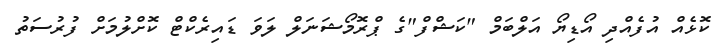
ކޮޅެއް އުފެއްދި އޯޑިޔޯ އަލްބަމް "ކަޝްފް"ގެ ޕްރޮމޯޝަނަލް ލަވަ ޑައިރެކްޓް ކޮށްލުމަށް ފުރުސަތު